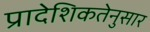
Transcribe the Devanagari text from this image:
प्रादेशिकतेनुसार